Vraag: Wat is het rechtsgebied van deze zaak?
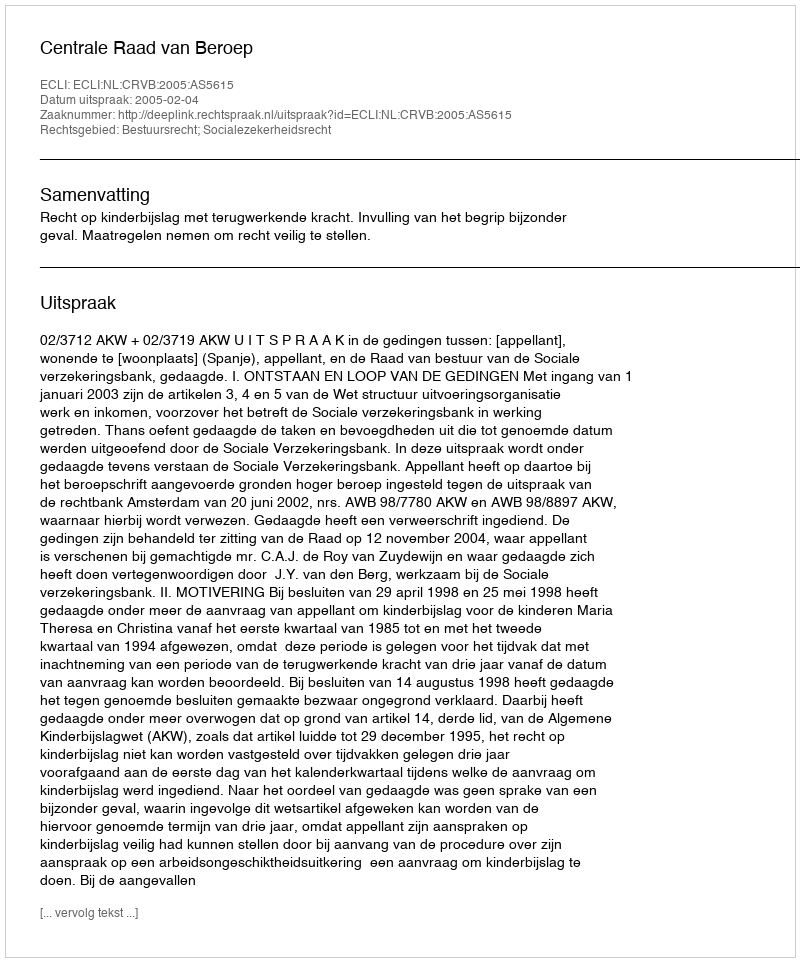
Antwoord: Bestuursrecht; Socialezekerheidsrecht